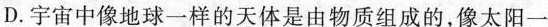
D.宇宙中像地球一样的天体是由物质组成的，像太阳一